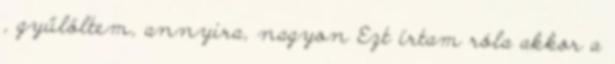
, gyűlöltem, annyira, nagyon Ezt írtam róla akkor a